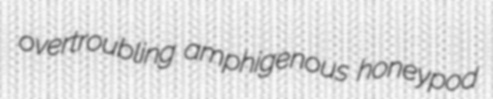
overtroubling amphigenous honeypod